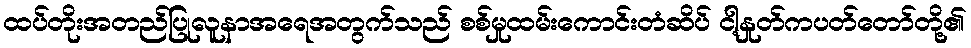
ထပ်တိုးအတည်ပြုလူနာအရေအတွက်သည် စစ်မှုထမ်းကောင်းတံဆိပ် ငါ့နှုတ်ကပတ်တော်တို့၏